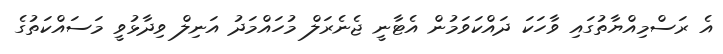
އެ ރަސްމިއްޔާތުގައި ވާހަކަ ދައްކަވަމުން އެޓާނީ ޖެނެރަލް މުހައްމަދު އަނިލް ވިދާޅުވީ މަސައްކަތުގެ